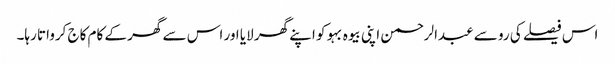
اس فیصلے کی رو سے عبدالرحمن اپنی بیوہ بہو کو اپنے گھر لایا اور اس سے گھر کے کام کاج کرواتا رہا۔